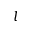
l